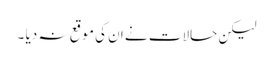
لیکن حالات نے ان کی موقع نہ دیا ۔